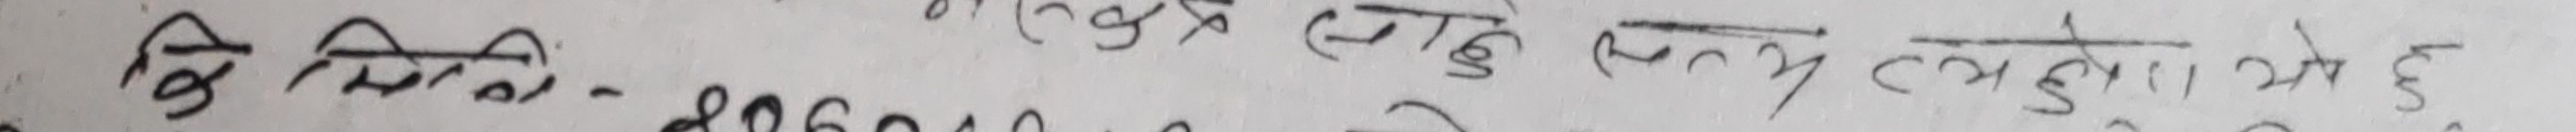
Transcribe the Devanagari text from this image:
दि मिति:- २०८० माघ ५ गते बस्ने भएको छ।